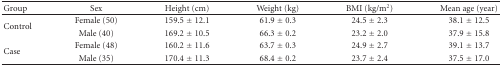
<table><thead><tr><td><b>Group</b></td><td><b>Sex</b></td><td><b>Height (cm)</b></td><td><b>Weight (kg)</b></td><td><b>BMI (kg/m<sup>2</sup>)</b></td><td><b>Mean age (year)</b></td></tr></thead><tbody><tr><td rowspan="2">Control</td><td>Female (50)</td><td>159.5 ± 12.1</td><td>61.9 ± 0.3</td><td>24.5 ± 2.3</td><td>38.1 ± 12.5</td></tr><tr><td>Male (40)</td><td>169.2 ± 10.5</td><td>66.3 ± 0.2</td><td>23.2 ± 2.0</td><td>37.9 ± 15.8</td></tr><tr><td rowspan="2">Case</td><td>Female (48)</td><td>160.2 ± 11.6</td><td>63.7 ± 0.3</td><td>24.9 ± 2.7</td><td>39.1 ± 13.7</td></tr><tr><td>Male (35)</td><td>170.4 ± 11.3</td><td>68.4 ± 0.2</td><td>23.7 ± 2.4</td><td>37.5 ± 17.0</td></tr></tbody></table>